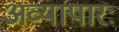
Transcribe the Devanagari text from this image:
अव्यापारः